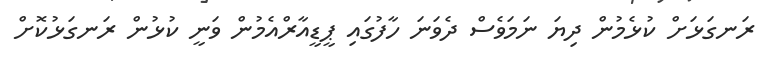
ރަނގަޅަށް ކުޅެމުން ދިޔަ ނަމަވެސް ދެވަނަ ހާފުގައި ޕީޑީއާރްއެމުން ވަނީ ކުޅުން ރަނގަޅުކޮށް